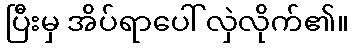
ပြီးမှ အိပ်ရာပေါ် လှဲလိုက်၏။